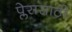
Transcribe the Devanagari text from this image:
प्लेससाठी